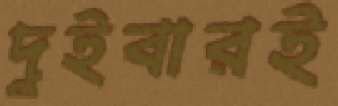
দুইবারই